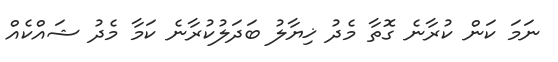
ނަމަ ކަން ކުރާނެ ގޮތާ މެދު ޚިޔާލު ބަދަލުކުރާނެ ކަމާ މެދު ޝައްކެއް